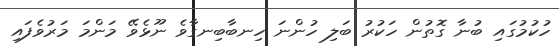
ހުކުމުގައި ބުނާ ގޮތުން ހަކުރު ބަލި ހުންނަ ހިނބާބިނގާވެ ނޫޅެވޭ މަންމަ މަރުވެފައި